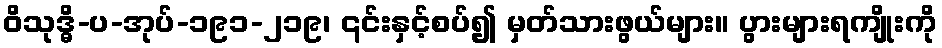
ဝိသုဒ္ဓိ-ပ-အုပ်-၁၉၁-၂၁၉၊ ၎င်းနှင့်စပ်၍ မှတ်သားဖွယ်များ။ ပွားများရကျိုးကို